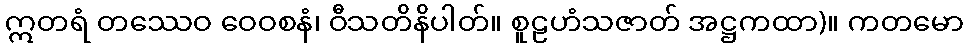
ဣတရံ တဿေဝ ဝေဝစနံ၊ ဝီသတိနိပါတ်။ စူဠဟံသဇာတ် အဋ္ဌကထာ)။ ကတမော